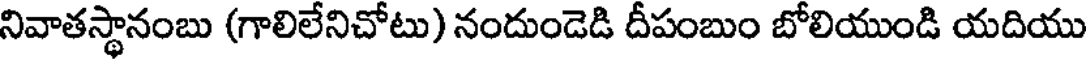
నివాతస్థానంబు (గాలిలేనిచోటు) నందుండెడి దీపంబుం బోలియుండి యదియు